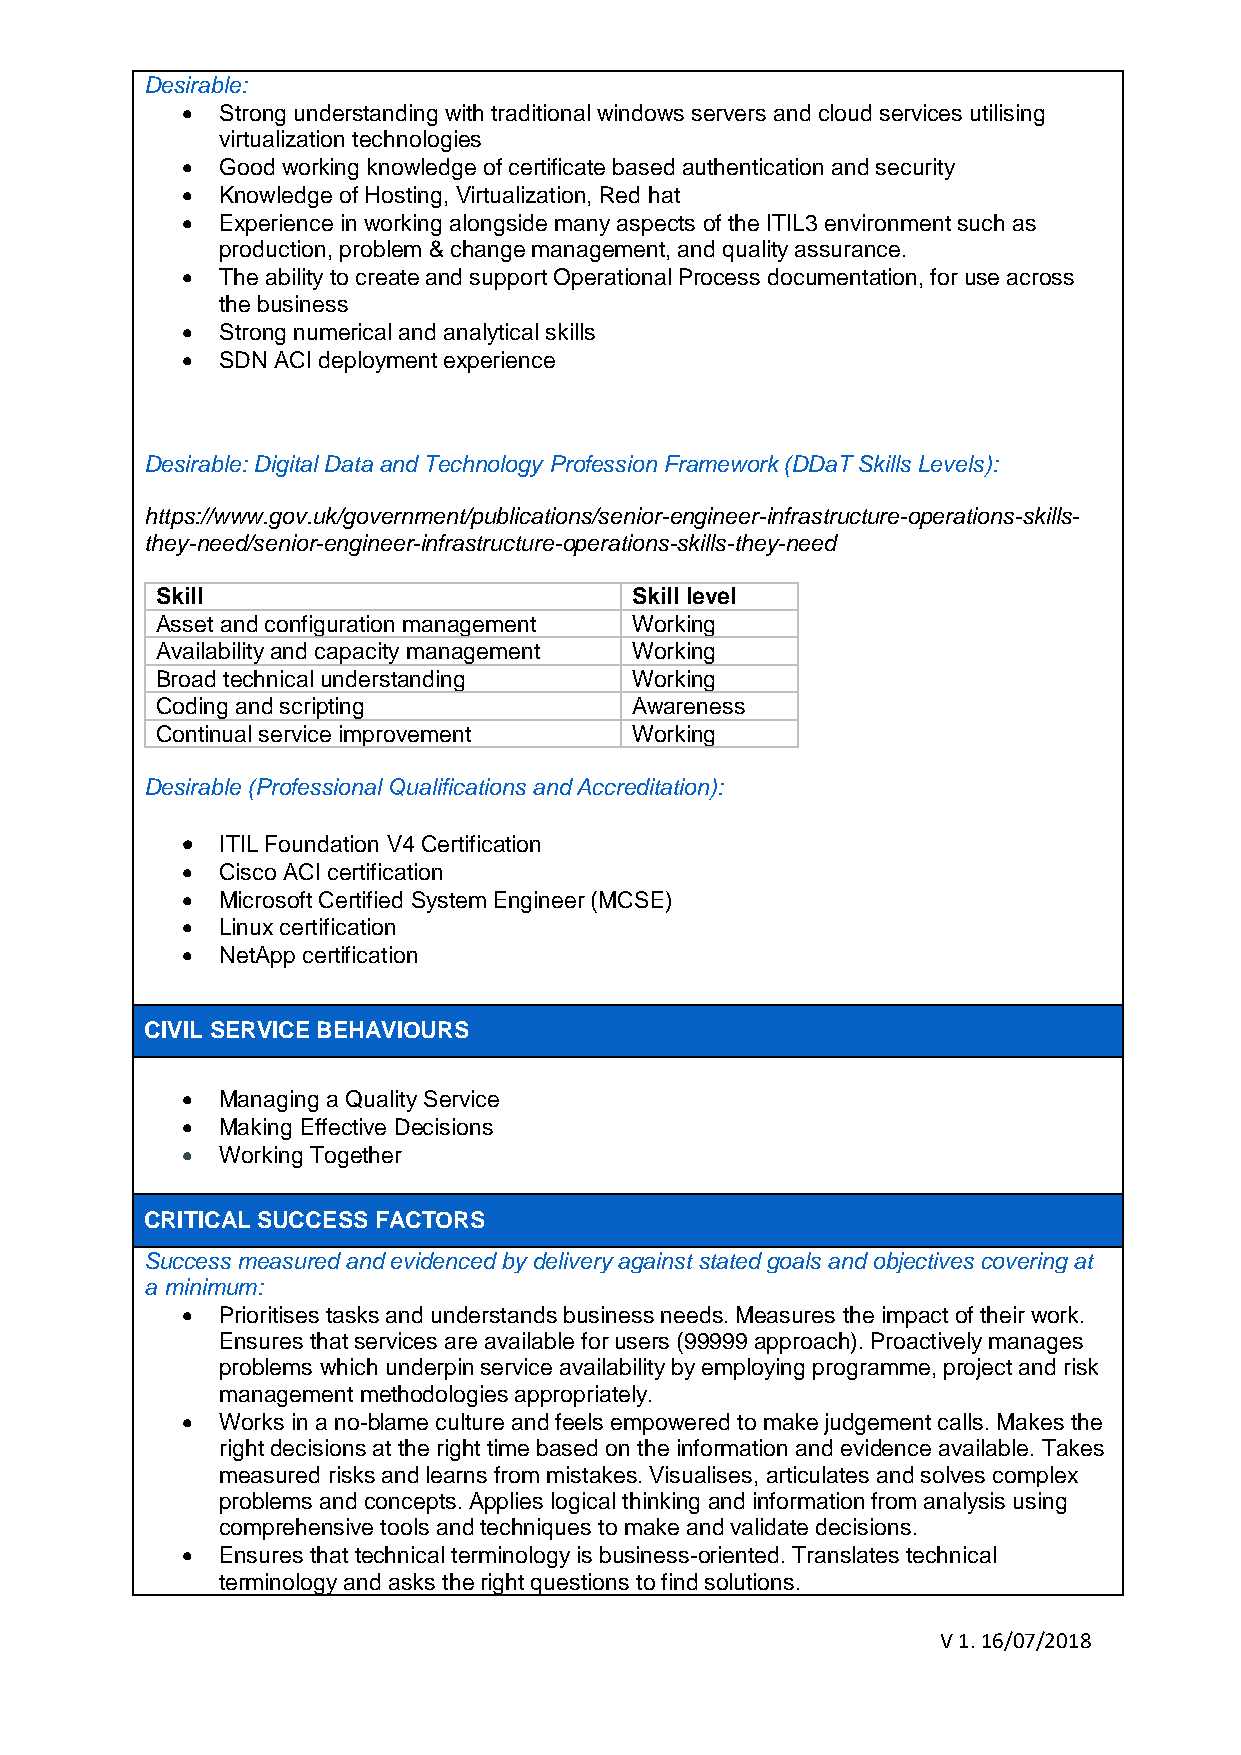
Desirable:
   Strong understanding with traditional windows servers and cloud services utilising
 virtualization technologies
   Good working knowledge of certificate based authentication and security
   Knowledge of Hosting, Virtualization, Red hat
   Experience in working alongside many aspects of the ITIL3 environment such as
 production, problem & change management, and quality assurance.
   The ability to create and support Operational Process documentation, for use across
 the business
   Strong numerical and analytical skills
   SDN ACI deployment experience
 Desirable: Digital Data and Technology Profession Framework (DDaT Skills Levels):
 https://www.gov.uk/government/publications/senior-engineer-infrastructure-operations-skills-
 they-need/senior-engineer-infrastructure-operations-skills-they-need
 Skill                           Skill level
 Asset and configuration management Working
 Availability and capacity management Working
 Broad technical understanding   Working
 Coding and scripting            Awareness
 Continual service improvement   Working
 Desirable (Professional Qualifications and Accreditation):
   ITIL Foundation V4 Certification
   Cisco ACI certification
   Microsoft Certified System Engineer (MCSE)
   Linux certification
   NetApp certification
 CIVIL SERVICE BEHAVIOURS
   Managing a Quality Service
   Making Effective Decisions
   Working Together
 CRITICAL SUCCESS FACTORS
 Success measured and evidenced by delivery against stated goals and objectives covering at
 a minimum:
   Prioritises tasks and understands business needs. Measures the impact of their work.
 Ensures that services are available for users (99999 approach). Proactively manages
 problems which underpin service availability by employing programme, project and risk
 management methodologies appropriately.
   Works in a no-blame culture and feels empowered to make judgement calls. Makes the
 right decisions at the right time based on the information and evidence available. Takes
 measured risks and learns from mistakes. Visualises, articulates and solves complex
 problems and concepts. Applies logical thinking and information from analysis using
 comprehensive tools and techniques to make and validate decisions.
   Ensures that technical terminology is business-oriented. Translates technical
 terminology and asks the right questions to find solutions.
 V 1. 16/07/2018